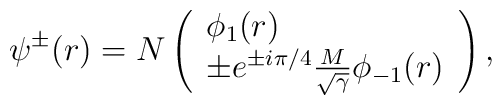
\psi ^{\pm }(r)=N\left( \begin{array}{l}\phi _{1}(r) \\ \pm e^{\pm i\pi /4}\frac{M}{\sqrt{\gamma }}\phi _{-1}(r)\end{array}\right) ,